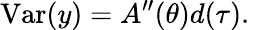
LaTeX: \operatorname{Var}(y)=A^{\prime\prime}(\theta)d(\tau).\,